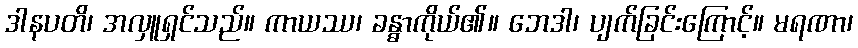
ဒါနပတိ၊ အလှူရှင်သည်။ ကာယဿ၊ ခန္ဓာကိုယ်၏။ ဘေဒါ၊ ပျက်ခြင်းကြောင့်။ မရဏာ၊